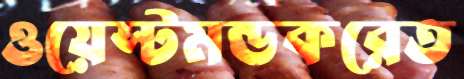
ওয়েস্টমন্ডকরেত